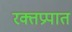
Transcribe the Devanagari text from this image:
रक्तप्रपात